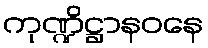
ကုဏ္ဍိဋ္ဌာနဝနေ